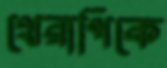
থেরাপিকে